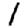
Digit: 1